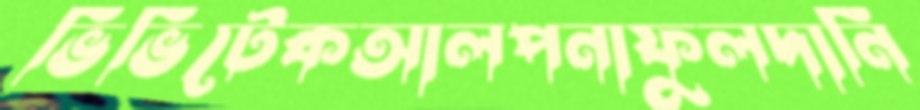
ভিভিটেকআলপনাফুলদানি